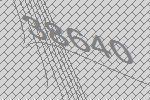
38640